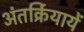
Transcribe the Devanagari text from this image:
अंतर्क्रियायें